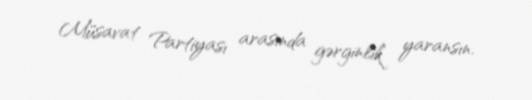
Müsavat Partiyası arasında gərginlik yaransın.